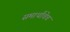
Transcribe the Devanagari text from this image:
समार्थांचेच